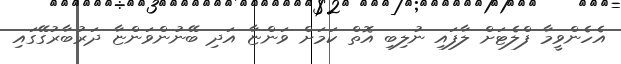
އެހެންވީމާ ފްލެޓަށް ލާފައި ނުލިބި އޮތް ކަމަށް ވަންޏާ އަދި ބޭނުންވަންޏާ ދަރުބާރުގޭގައި